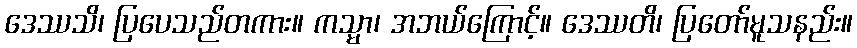
ဒေဿသိ၊ ပြပေသည်တကား။ ကသ္မာ၊ အဘယ်ကြောင့်။ ဒေဿတိ၊ ပြတော်မူသနည်း။